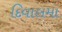
દિવાલમા